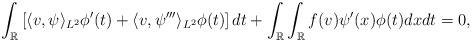
LaTeX: \begin{align*}\int_{\mathbb{R}} \left[ \langle v, \psi \rangle_{L^2} \phi'(t) + \langle v, \psi''' \rangle_{L^2}\phi(t) \right] dt + \int_{\mathbb{R}} \int_{\mathbb{R}} f(v) \psi'(x) \phi(t) dx dt = 0,\end{align*}